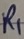
Text: R1